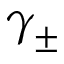
\gamma _ { \pm }